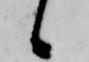
候